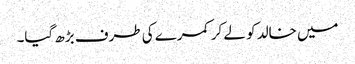
میں خالد کو لے کر کمرے کی طرف بڑھ گیا۔